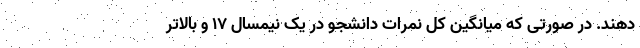
دهند. در صورتی که میانگین کل نمرات دانشجو در یک نیمسال ۱۷ و بالاتر